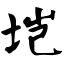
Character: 垲